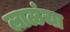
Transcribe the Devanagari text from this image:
लाळंचा